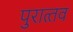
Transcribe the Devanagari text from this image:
पुरात्‍तव